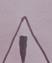
Signature authenticity: forged